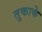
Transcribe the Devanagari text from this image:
तुकाके